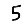
Digit: 5